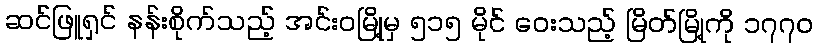
ဆင်ဖြူရှင် နန်းစိုက်သည့် အင်းဝမြို့မှ ၅၁၅ မိုင် ဝေးသည့် မြိတ်မြို့ကို ၁၇၇၀